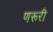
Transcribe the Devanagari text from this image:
णरूरी